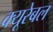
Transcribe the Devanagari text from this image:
क्यूरेबल